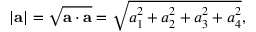
\left| \mathbf { a } \right| = { \sqrt { \mathbf { a } \cdot \mathbf { a } } } = { \sqrt { a _ { 1 } ^ { 2 } + a _ { 2 } ^ { 2 } + a _ { 3 } ^ { 2 } + a _ { 4 } ^ { 2 } } } ,